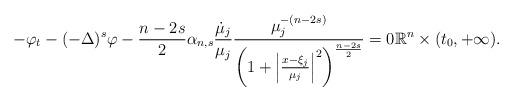
LaTeX: \begin{align*}-\varphi_t -(-\Delta)^s\varphi - \frac{n-2s}{2}\alpha_{n, s}\frac{\dot{\mu}_j}{\mu_j}\frac{\mu^{-(n-2s)}_j}{\left(1+\left|\frac{x-\xi_j}{\mu_j}\right|^2\right)^{\frac{n-2s}{2}}} = 0 \mathbb{R}^n\times (t_0, +\infty).\end{align*}